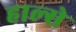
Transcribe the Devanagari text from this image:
हाल्से